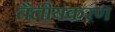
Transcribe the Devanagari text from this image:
तैलीयकरण